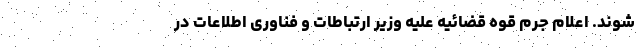
شوند. اعلام جرم قوه قضائیه علیه وزیر ارتباطات و فناوری اطلاعات در